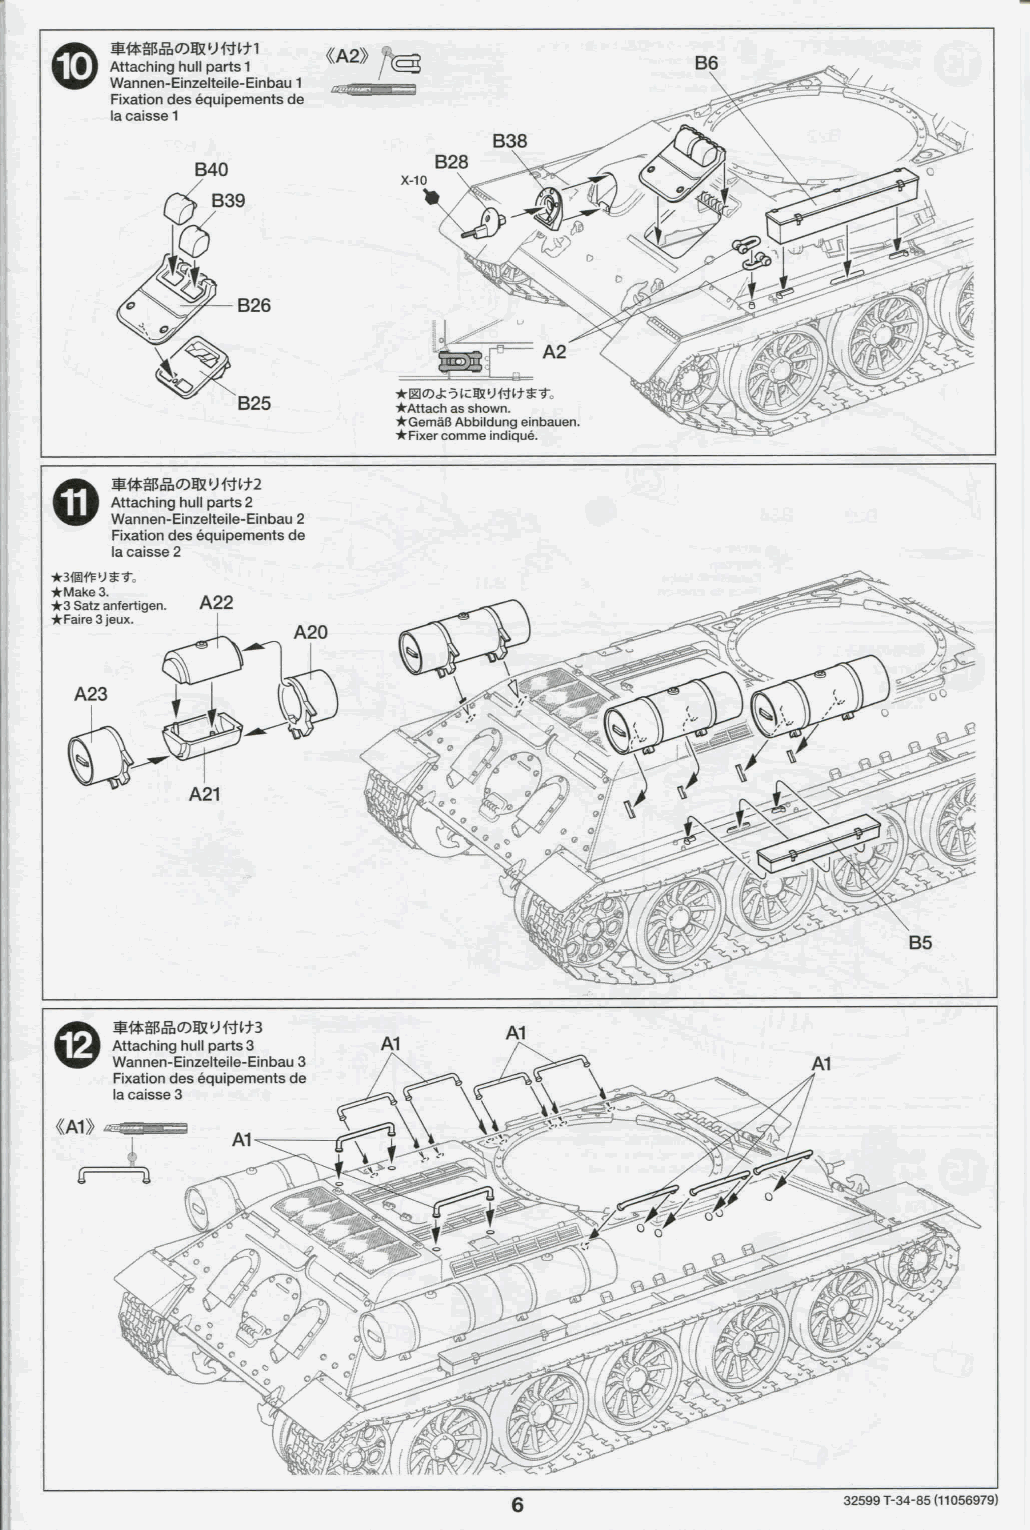
«A2»
 § J Attaching hull parts 1
 Wannen-Einzelteile-Einbau 1
 Fixation des equipements de
 la caisse 1
 B26
 • lllíDJ:^lcS!!'J«lt«-r„
 825       •Attach as shown.
 • GemáB Abbildung einbauen
 • Fixer comme indiqué.
 Attaching hull parts 2
 Wannen-Einzelteile-Einbau 2
 Fixation des equipements de
 la caisse 2
 •BfSfP'JST,
 • Make 3.
 •3 Satz anfertigen. A22
 • FaireSjeux.
 A20
 A23
 A21
 Attaching hull parts 3
 Wannen-Einzelteile-Einbau 3
 Fixation des equipements de
 la caisse 3
 «Al»
 6                     32599 T-34-85 (11056979):